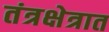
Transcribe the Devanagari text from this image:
तंत्रक्षेत्रात